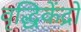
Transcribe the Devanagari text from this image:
वृद्धिकेंद्रों